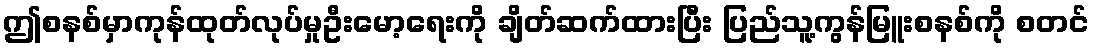
ဤစနစ်မှာကုန်ထုတ်လုပ်မှုဦးမော့ရေးကို ချိတ်ဆက်ထားပြီး ပြည်သူ့ကွန်မြူးစနစ်ကို စတင်